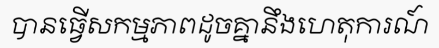
បានធ្វើសកម្មភាពដូចគ្នានឹងហេតុការណ៍